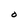
Character: o